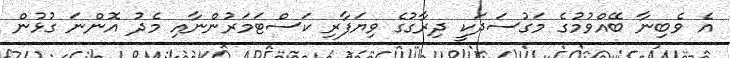
އެ ވެބިނާ ބޭއްވުމުގެ މަގުސަދަކީ ދިރާގުގެ ވިޔަފާރި ކަސްޓަމަރުންނާއި މެދު އޮންނަ ގުޅުން